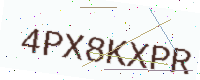
Text: 4PX8KXPR